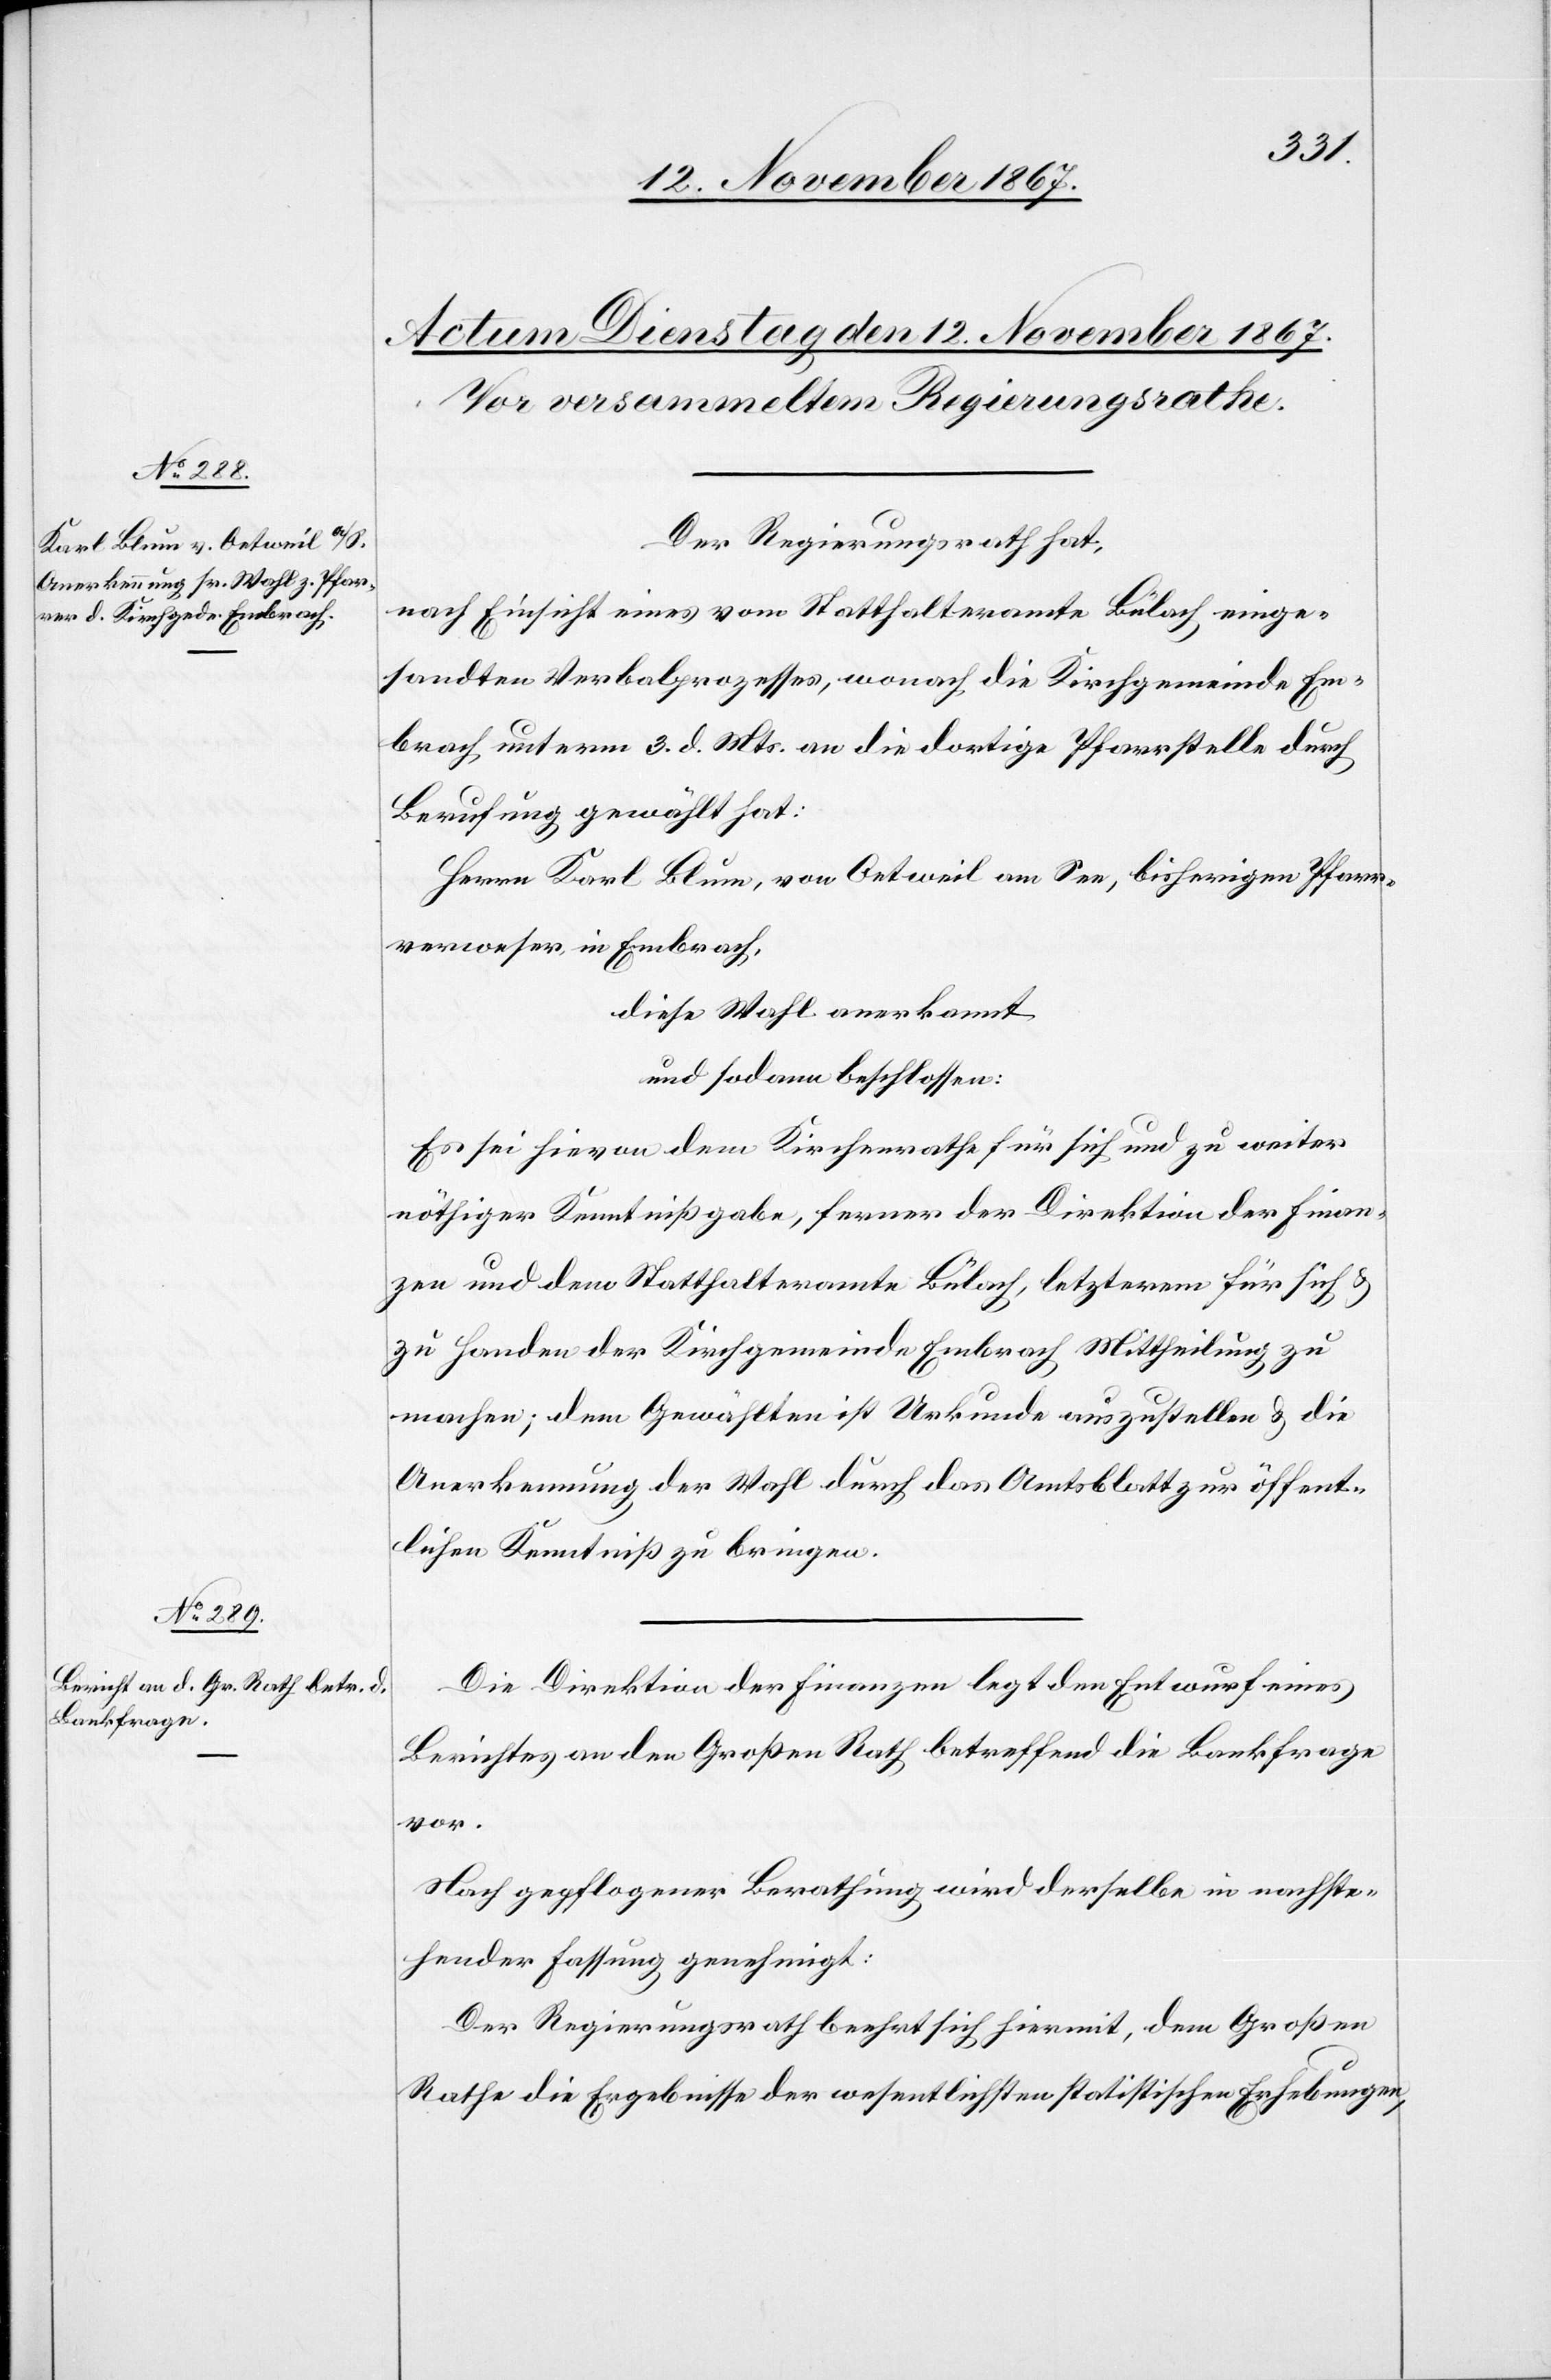
Der Regierungsrath hat,
nach Einsicht eines vom Statthalteramte Bülach einge¬
sandten Verbalprozesses, wonach die Kirchgemeinde Em¬
brach, unterm 3. d. Mts. an die dortige Pfarrstelle durch
Berufung gewählt hat:
Herrn Karl Blum, von Oetweil am See, bisherigen Pfarr¬
verweser, in Embrach,
diese Wahl anerkannt
und sodann beschlossen:
Es sei hievon dem Kirchenrathe für sich und zu weiter
nöthiger Kenntnißgabe, ferner der Direktion der Finan¬
zen und dem Statthalteramte Bülach, letzterem für sich
zu Handen der Kirchgemeinde Embrach, Mittheilung zu
machen; dem Gewählten ist Urkunde auszustellen u. die
Anerkennung der Wahl durch das Amtsblatt zur öffent¬
lichen Kenntniß zu bringen.
Die Direktion der Finanzen legt den Entwurf eines
Berichtes an den Großen Rath betreffend die Bankfrage
vor.
Nach gepflogener Berathung wird derselbe in nachste¬
hender Fassung genehmigt:
Der Regierungsrath beehrt sich hiermit, dem Großen
Rathe die Ergebnisse der wesentlichen statistischen Erhebungen,